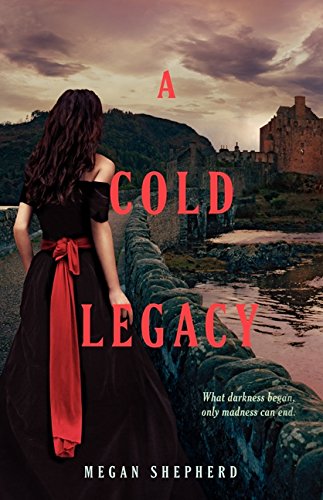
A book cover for A Cold Legacy (Madman's Daughter); Megan Shepherd; Teen & Young Adult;